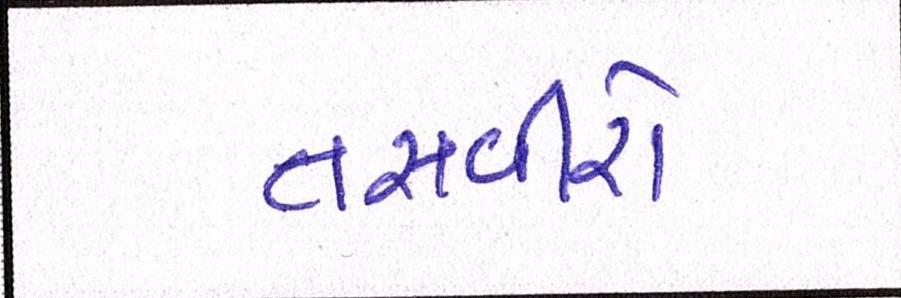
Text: તસવીરો